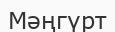
Мәңгүрт